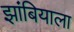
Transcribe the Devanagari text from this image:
झांबियाला